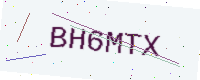
Text: BH6MTX